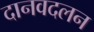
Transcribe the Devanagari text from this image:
दानवदलन